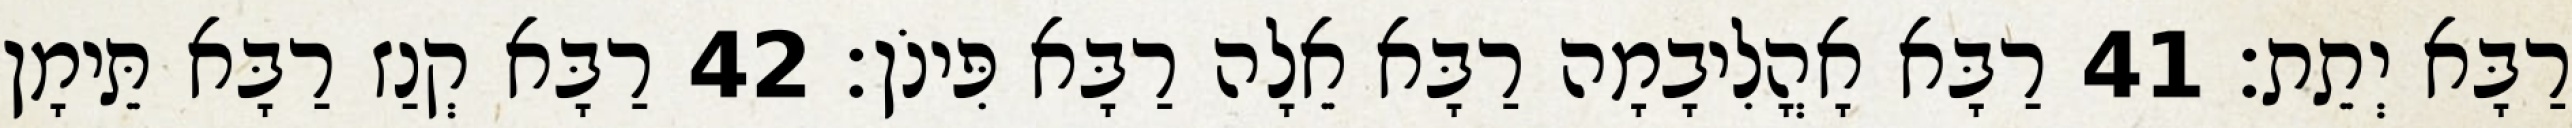
רַבָּא יְתֵת׃ 41 רַבָּא אָהֳלִיבָמָה רַבָּא אֵלָה רַבָּא פִּינֹן׃ 42 רַבָּא קְנַז רַבָּא תֵּימָן